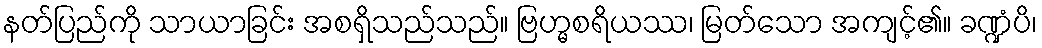
နတ်ပြည်ကို သာယာခြင်း အစရှိသည်သည်။ ဗြဟ္မစရိယဿ၊ မြတ်သော အကျင့်၏။ ခဏ္ဍံပိ၊